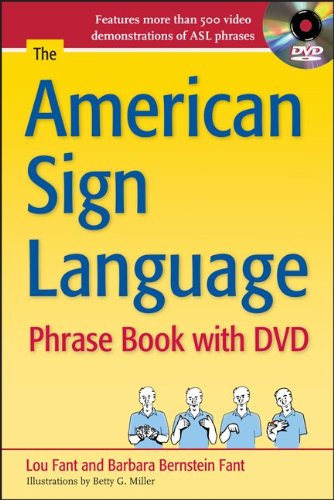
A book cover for The American Sign Language Phrase Book with DVD; Barbara Bernstein Fant; Computers & Technology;